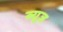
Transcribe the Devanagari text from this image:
ब्यूज